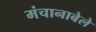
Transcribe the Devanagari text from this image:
मंचानाबेले